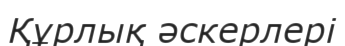
Құрлық әскерлері